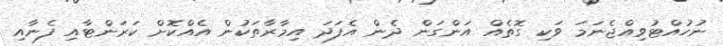
ނުހުއްޓުވިއްޖެނަމަ ވަކި ގޮތެއް އަންގަން ދެން އެފަދަ އިމާރާތަކުން އެއްކޮށް ކަރަންޓާއި ފެނާއި